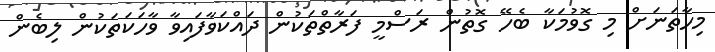
މިހާތަނަށް މި ގޮވުމަކާ ބެހޭ ގޮތުން ރަސްމީ ފަރާތްތަކުން ދައްކަވާފައިވާ ވާހަކަތަކުން ލިބެން